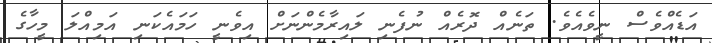
އަޑެއްވެސް ނީވެއެވެ. ތަނެއް ދޮރެއް ނުފެނި ލައިރާމެންނަށް އިވެނީ ހަމައެކަނި އަމިއްލަ މީހާގެ